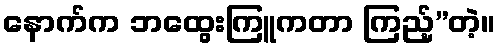
နောက်က ဘထွေးကြူကတာ ကြည့်”တဲ့။